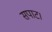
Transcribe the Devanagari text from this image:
सपाट।